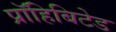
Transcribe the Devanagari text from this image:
प्रॉहिबिटेड